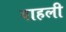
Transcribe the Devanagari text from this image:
वाहली